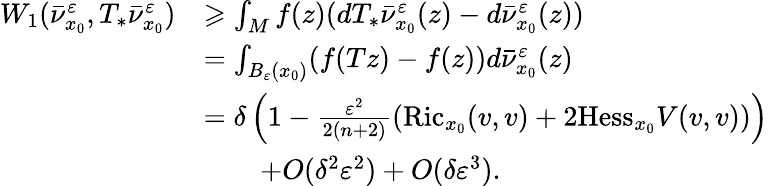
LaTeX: \begin{array}{rl}{W_{1}(\bar{\nu}_{x_{0}}^{\varepsilon},T_{*}\bar{\nu}_{x_{0}}^{\varepsilon})}&{\geqslant\int_{M}f(z)(dT_{*}\bar{\nu}_{x_{0}}^{\varepsilon}(z)-d\bar{\nu}_{x_{0}}^{\varepsilon}(z))}\\ &{=\int_{B_{\varepsilon}(x_{0})}(f(Tz)-f(z))d\bar{\nu}_{x_{0}}^{\varepsilon}(z)}\\ &{=\delta\left(1-\frac{\varepsilon^{2}}{2(n+2)}(\textrm{Ric}_{x_{0}}(v,v)+2\textrm{Hess}_{x_{0}}V(v,v))\right)}\\ &{\qquad+O(\delta^{2}\varepsilon^{2})+O(\delta\varepsilon^{3}).}\end{array}